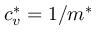
c _ { v } ^ { * } = 1 / m ^ { * }